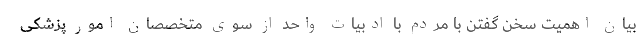
بیان اهمیت سخن گفتن با مردم با ادبیات واحد از سوی متخصصان امور پزشکی